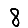
Digit: 8